Report of the Municipal Commissioner on the plague in Bombay for the year ending 31st May... - Volume 3
Disease focus: Plague
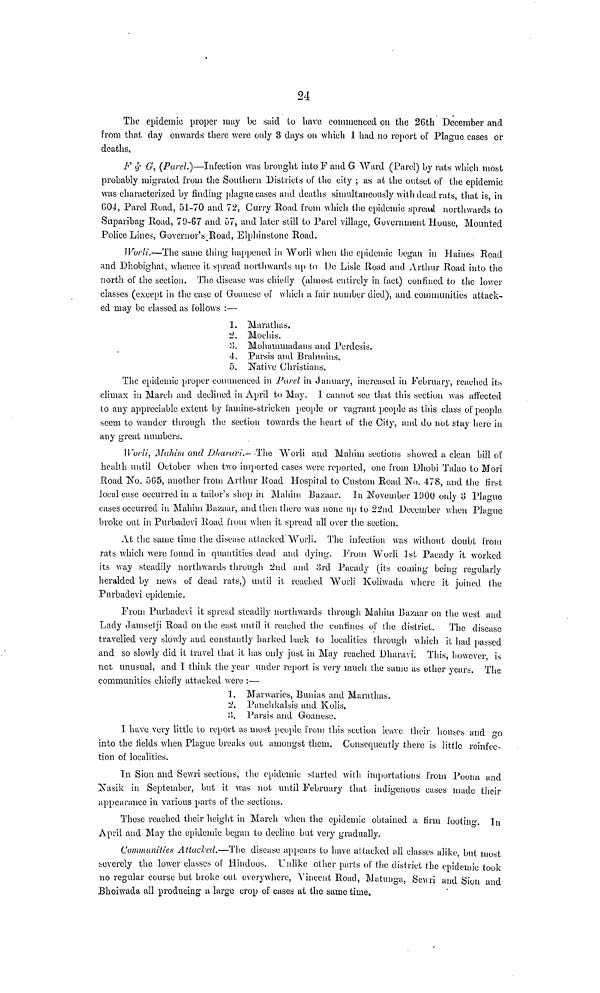
24
The epidemic proper may be said to have commenced on the 26th December and
from that day onwards there were only 3 days on which I had no report of Plague cases or
deaths,
F & G, (Parel.)—Infection was brought into F and G Ward (Parel) by rats which most
probably migrated from the Southern Districts of the city ; as at the outset of the epidemic
was characterized by finding plague cases and deaths simultaneously with dead rats, that is, in
604, Parel Road, 51-70 and 72, Curry Road from which the epidemic spread northwards to
Suparibag Road, 79-67 and 57, and later still to Parel village, Government House, Mounted
Police Lines, Governor's Road, Elphinstone Road.
Worli.—The same thing happened in Worli when the epidemic began in Haines Road
and Dhobighat, whence it spread northwards up to Do Lisle Road and Arthur Road into the
north of the section. The disease was chiefly (almost entirely in fact) confined to the lower
classes (except in the case of Goanese of which a fair number died), and communities attack-
ed may be classed as follows :—
1. Marathas.
2. Moehis.
3. Mohammadans and Perdesis.
4. Parsis and Brahmins,
5. Native Christians.
The epidemic proper commenced in Pavel in January, increased in February, reached its
climax in March and declined in April to May. I cannot see that this section was affected
to any appreciable extent by famine-stricken people or vagrant people as this class of people
seem to wander through the section towards the heart of the City, and do not stay here in
any great numbers.
Worli, Mahim and Dharari— The Worli and Mahim sections showed a clean bill of
health until October when two imported cases were reported, one from Dhobi Talao to Mori
Road No. 565, another from Arthur Road Hospital to Custom Road No. 478, and the first
local case occurred in a tailor's shop in Mahim Bazaar. In November 1900 only 3 Plague
cases occurred in Mahim Bazaar, and then there was none up to 22nd December when Plague
broke out in Purbadevi Road from when it spread all over the section.
At the same time the disease attacked Worli. The infection was without doubt from
rats which were found in quantities dead and dying. From Worli 1st Pacady it worked
its way steadily northwards through 2nd and 3rd Pacady (its coming being regularly
heralded by news of dead rats,) until it reached Worli Koliwada where it joined the
Purbadevi epidemic,
From Purbadevi it spread steadily northwards through Mahim Bazaar on the west and
Lady Jamsetji Road on the east until it reached the confines of the district. The disease
travelled very slowly and constantly harked back to localities through which it had passed
and so slowly did it travel that it has only just in May reached Dharavi. This, however, is
not unusual, and 1 think the year under report is very much the same as other years. The
communities chiefly attacked were :—
1, Marwaries, Bunias and Marathas.
2, Panchkalsis and Kolis,
3. Parsis and Goanese.
I have very little to report as most people from this section leave their houses and go
into the fields when Plague breaks out amongst them. Consequently there is little reinfec-
tion of localities.
In Sion and Sewri sections, the epidemic started with importations from Poona and
Nasik in September, but it was not until February that indigenous cases made their
appearance in various parts of the sections.
These reached their height in March when the epidemic obtained a firm footing.
April and May the epidemic began to decline but very gradually.
Communities Attacked,—The disease appears to have attacked all classes alike, but most
severely the lower classes of Hindoos. Unlike other parts of the district the epidemic took
no regular course but broke out everywhere, Vincent Road, Matunga, Sewri and Sion and
Bhoiwada all producing a large crop of cases at the same time.